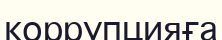
коррупцияға